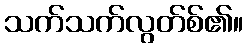
သက်သက်လွတ်စ်၏။